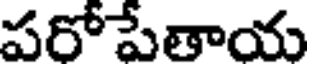
పరో పేతాయ